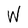
Character: W